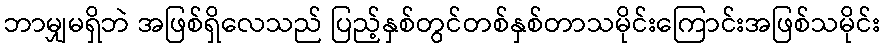
ဘာမျှမရှိဘဲ အဖြစ်ရှိလေသည် ပြည့်နှစ်တွင်တစ်နှစ်တာသမိုင်းကြောင်းအဖြစ်သမိုင်း